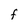
Character: F